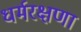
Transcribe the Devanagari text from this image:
धर्मरक्षणा